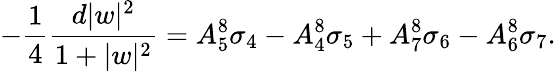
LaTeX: -{\frac{1}{4}}{\frac{d|w|^{2}}{1+|w|^{2}}}=A_{5}^{8}\sigma_{4}-A_{4}^{8}\sigma_{5}+A_{7}^{8}\sigma_{6}-A_{6}^{8}\sigma_{7}.